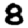
Digit: 8